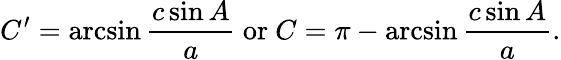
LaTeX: C^{\prime}=\arcsin{\frac{c\sin A}{a}}{\mathrm{~or~}}C=\pi-\arcsin{\frac{c\sin A}{a}}.